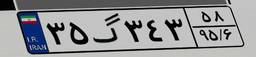
۵۰گ۹۳۲۹۶